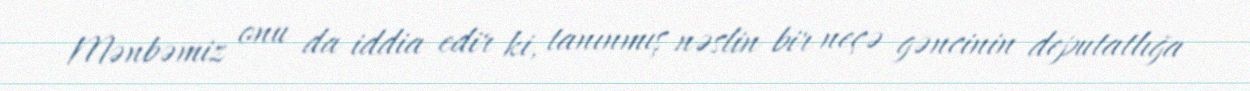
Mənbəmiz onu da iddia edir ki, tanınmış nəslin bir neçə gəncinin deputatlığa